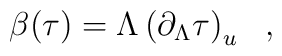
\beta(\tau)=\Lambda \left(\partial_\Lambda\tau\right)_u\ \ ,